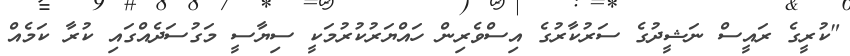
"ކުރީގެ ރައީސް ނަޝީދުގެ ސަރުކާރުގެ އިސްވެރިން ހައްޔަރުކުރުމަކީ ސިޔާސީ މަގުސަދެއްގައި ކުރާ ކަމެއް